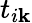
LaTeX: t_{i\mathbf{k}}